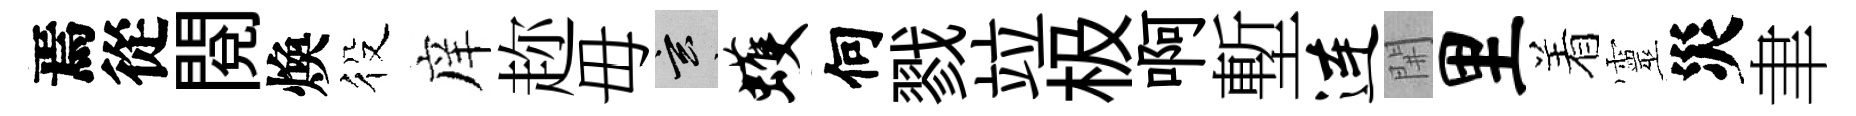
焉從閲煥役庠趂毋玄蠖何戮竝极啊塹连𨳩里着靈災聿